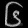
Digit: ၆